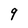
Character: 9